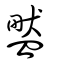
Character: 盢